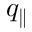
q _ { \parallel }